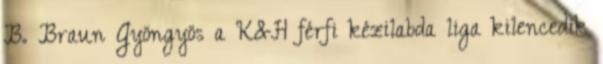
B. Braun Gyöngyös a K&H férfi kézilabda liga kilencedik